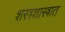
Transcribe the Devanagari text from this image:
शस्त्रशास्त्रात